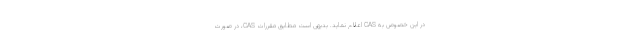
در این خصوص به CAS اعلام نماید. بدیهی است مطابق مقررات CAS، در صورت